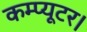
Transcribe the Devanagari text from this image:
कम्प्यूटर।